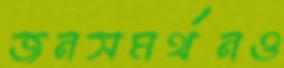
জনসমর্থনও